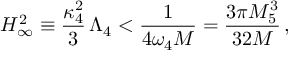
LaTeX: H _ { \infty } ^ { 2 } \equiv \frac { \kappa _ { 4 } ^ { 2 } } { 3 } \, \Lambda _ { 4 } < \frac { 1 } { 4 \omega _ { 4 } M } = \frac { 3 \pi M _ { 5 } ^ { 3 } } { 3 2 M } \, ,